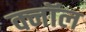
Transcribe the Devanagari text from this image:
क्नॉल